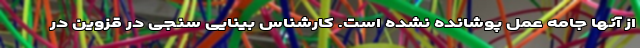
از آنها جامه عمل پوشانده نشده است. کارشناس بینایی سنجی در قزوین در